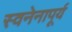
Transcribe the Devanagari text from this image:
स्वनेनापूर्य